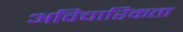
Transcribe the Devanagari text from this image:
अविचारिकता